Report of veterinary surgeon J.H. Steel, A.V.D., on his investigation into an obscure and fatal disease among transport mules in British Burma
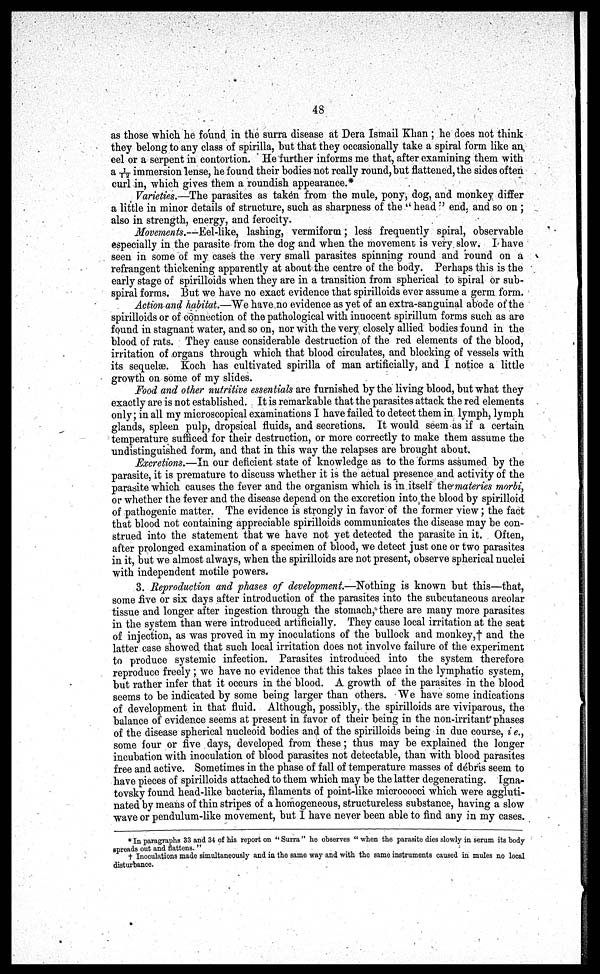
48
as those which he found in the surra disease at Dera Ismail Khan ; he does not think
they belong to any class of spirilla, but that they occasionally take a spiral form like an,
eel or a serpent in contortion. He further informs me that, after examining them with
a 1/12 immersion lense, he found their bodies not really round, but flattened, the sides often
curl in, which gives them a roundish appearance.*
Varieties.—The parasites as taken from the mule, pony, dog, and monkey differ
a little in minor details of structure, such as sharpness of the " head " end. and so on ;
also in strength, energy, and ferocity.
Movements.—Eel-like, lashing, vermiform; less frequently spiral, observable
especially in the parasite from the dog and when the movement is very slow. I have
seen in some of my cases the very small parasites spinning round and round on a
refrangent thickening apparently at about the centre of the body. Perhaps this is the
early stage of spirilloids when they are in a transition from spherical to spiral or sub-
spiral forms. But we have no exact evidence that spirilloids ever assume a germ form.
Action and habitat.—We have no evidence as yet of an extra-sanguinal abode of the
spirilloids or of connection of the pathological with innocent spirillum forms such as are
found in stagnant water, and so on, nor with the very closely allied bodies found in the
blood of rats. They cause considerable destruction of the red elements of the blood,
irritation of organs through which that blood circulates, and blocking of vessels with
its sequelae. Koch has cultivated spirilla of man artificially, and I notice a little
growth on some of my slides.
Food and other nutritive essentials are furnished by the living blood, but what they
exactly are is not established. It is remarkable that the parasites attack the red elements
only; in all my microscopical examinations I have failed to detect them in lymph, lymph
glands, spleen pulp, dropsical fluids, and secretions. It would seem as if a certain
temperature sufficed for their destruction, or more correctly to make them assume the
undistinguished form, and that in this way the relapses are brought about.
Excretions.—In our deficient state of knowledge as to the forms assumed by the
parasite, it is premature to discuss whether it is the actual presence and activity of the
parasite which causes the fever and the organism which is in itself the materies morbi,
or whether the fever and the disease depend on the excretion into the blood by spirilloid
of pathogenic matter. The evidence is strongly in favor of the former view; the fact
that blood not containing appreciable spirilloids communicates the disease may be con-
strued into the statement that we have not yet detected the parasite in it. Often,
after prolonged examination of a specimen of blood, we detect just one or two parasites
in it, but we almost always, when the spirilloids are not present, observe spherical nuclei
with independent motile powers.
3. Reproduction and phases of development.—Nothing is known but this—that,
some five or six days after introduction of the parasites into the subcutaneous areolar
tissue and longer after ingestion through the stomach, 0 there are many more parasites
in the system than were introduced artificially. They cause local irritation at the seat
of injection, as was proved in my inoculations of the bullock and monkey, and the
latter case showed that such local irritation does not involve failure of the experiment
to produce systemic infection. Parasites introduced into the system therefore
reproduce freely ; we have no evidence that this takes place in the lymphatic system,
but rather infer that it occurs in the blood. A growth of the parasites in the blood
seems to be indicated by some being larger than others. We have some indications
of development in that fluid. Although, possibly, the spirilloids are viviparous, the
balance of evidence seems at present in favor of their being in the non-irritant phases
of the disease spherical nucleoid bodies and of the spirilloids being in due course, i e.,
some four or five days, developed from these; thus may be explained the longer
incubation with inoculation of blood parasites not detectable, than with blood parasites
free and active. Sometimes in the phase of fall of temperature masses of debris seem to
have pieces of spirilloids attached to them which may be the latter degenerating. Igna-
tovsky found head-like bacteria, filaments of point-like micrococci which were aggluti-
nated by means of thin stripes of a homogeneous, structureless substance, having a slow
wave or pendulum-like movement, but I have never been able to find any in my cases.
*In paragraphs 33 and 34 of his report on "Surra" he observes " when the parasite dies slowly in serum its body
spreads out and flattens. "
† Inoculations made simultaneously and in the same way and with the same instruments caused in mules no local
disturbance.